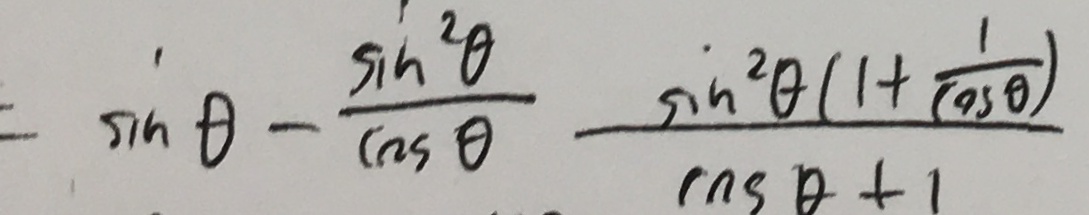
\sin \theta - \frac { \sin ^ { 2 } \theta } { \cos \theta } \frac { \sin ^ { 2 } \theta ( 1 + \frac { 1 } { \cos \theta } ) } { \cos \theta + 1 }